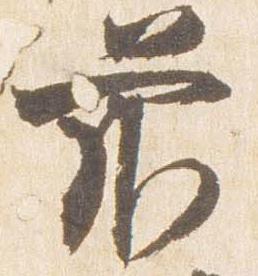
前